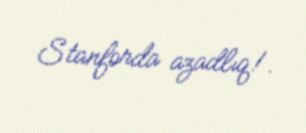
Stanforda azadlıq!.